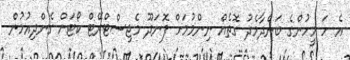
އެ ހަ މީހުންގެ ބަންދާމެދު ގޮތެއް ނިންމުމަށް ފޮނަދޫ މެޖިސްޓްރޭޓް ކޯޓަށް ގެންދިއުމުން